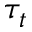
\tau _ { t }